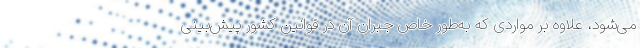
می‌شود، علاوه بر مواردی که به‌طور خاص جبران آن در قوانین کشور پیش‌بینی